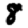
Digit: 8